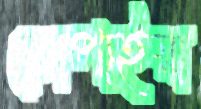
চোপাইয়া